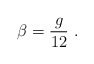
\begin{align*}\beta=\frac{g}{12} \ . \end{align*}